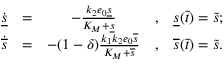
\begin{array} { r c c c l } { \dot { \underline { { s } } } } & { = } & { - \frac { k _ { 2 } e _ { 0 } \underline { { s } } } { K _ { M } + \underline { { s } } } } & { , } & { \underline { { s } } ( \widetilde t ) = \widetilde s ; } \\ { \dot { \overline { { s } } } } & { = } & { - ( 1 - \delta ) \frac { k _ { 1 } k _ { 2 } e _ { 0 } \overline { { s } } } { K _ { M } + \overline { { s } } } } & { , } & { \overline { { s } } ( \widetilde t ) = \widetilde s . } \end{array}